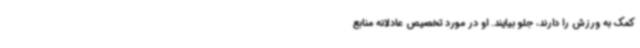
کمک به ورزش را دارند، جلو بیایند. او در مورد تخصیص عادلانه منابع